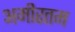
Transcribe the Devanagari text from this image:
अमीरतम